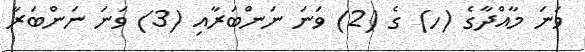
ވަނަ މާއްދާގެ (ހ) ގެ (2) ވަނަ ނަންބަރާއި (3) ވަނަ ނަންބަރާ